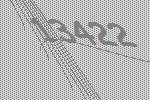
13422